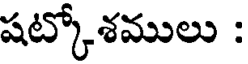
షట్కోశములు :